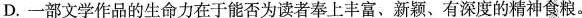
D.一部文学作品的生命力在于能否为读者奉上丰富、新颖、有深度的精神食粮。